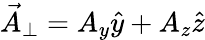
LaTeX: \vec{A}_{\bot}=A_{y}\hat{y}+A_{z}\hat{z}